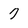
Character: 7